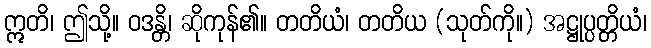
ဣတိ၊ ဤသို့။ ဝဒန္တိ၊ ဆိုကုန်၏။ တတိယံ၊ တတိယ (သုတ်ကို။) အဋ္ဌုပ္ပတ္တိယံ၊